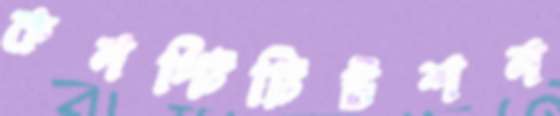
কনস্টিটিউশন